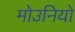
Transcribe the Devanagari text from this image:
मोउनियो